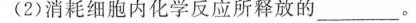
(2)消耗细胞内化学反应所释放的___。